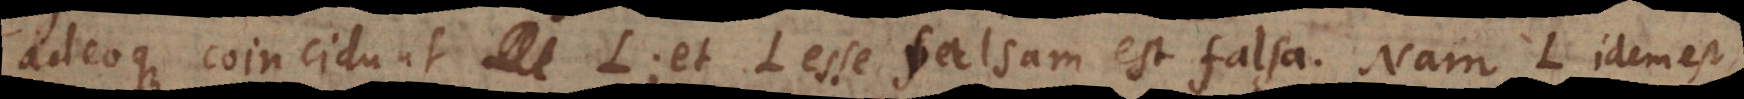
adeoque coincidunt L; et L esse falsam est falsa. Nam L idem est